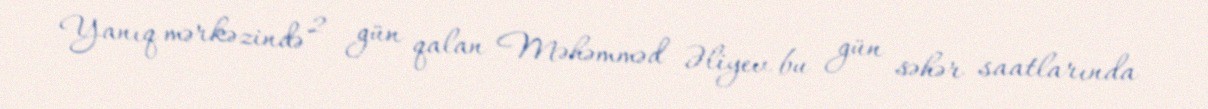
Yanıq mərkəzində 2 gün qalan Məhəmməd Əliyev bu gün səhər saatlarında